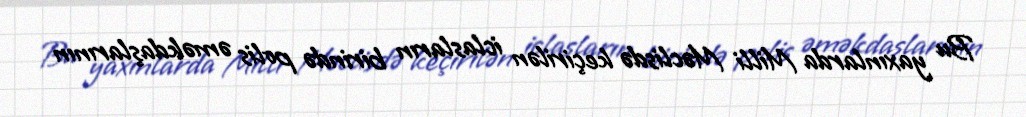
Bu yaxınlarda Milli Məclisdə keçirilən iclasların birində polis əməkdaşlarının